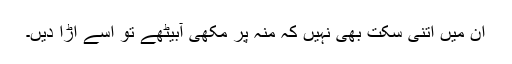
ان میں اتنی سکت بھی نہیں کہ منہ پر مکھی آبیٹھے تو اسے اڑا دیں۔